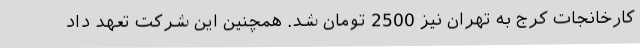
کارخانجات کرج به تهران نیز 2500 تومان شد. همچنین این شرکت تعهد داد